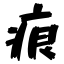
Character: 痕